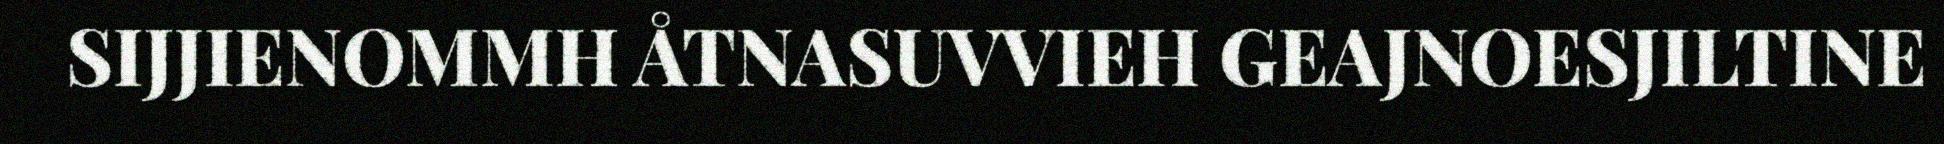
SIJJIENOMMH ÅTNASUVVIEH GEAJNOESJILTINE